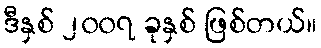
ဒီနှစ် ၂၀၀၇ ခုနှစ် ဖြစ်တယ်။